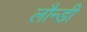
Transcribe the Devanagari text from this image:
लौन्डी